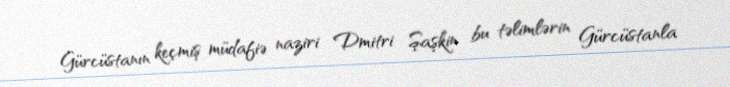
Gürcüstanın keçmiş müdafiə naziri Dmitri Şaşkin bu təlimlərin Gürcüstanla